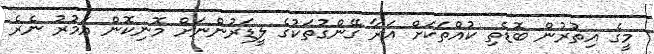
މީގެ އިތުރުން ބޮޑެތި ކުއްތަކަށް އަރާ ގޭންގުތަކުގެ ލީޑަރުންނަށް މޮނިކޮން އަމުރު ނެރެ